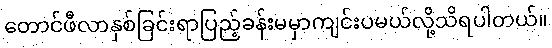
တောင်ဖီလာနှစ်ခြင်းရာပြည့်ခန်းမမှာကျင်းပမယ်လို့သိရပါတယ်။